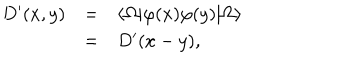
LaTeX: \begin{array} { r c l } { { D ^ { \prime } ( x , y ) } } & { { = } } & { { \langle \Omega | \varphi ( x ) \varphi ( y ) | \Omega \rangle } } \\ { { } } & { { = } } & { { D ^ { \prime } ( x - y ) , } } \\ \end{array}